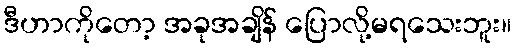
ဒီဟာကိုတော့ အခုအချိန် ပြောလို့မရသေးဘူး။